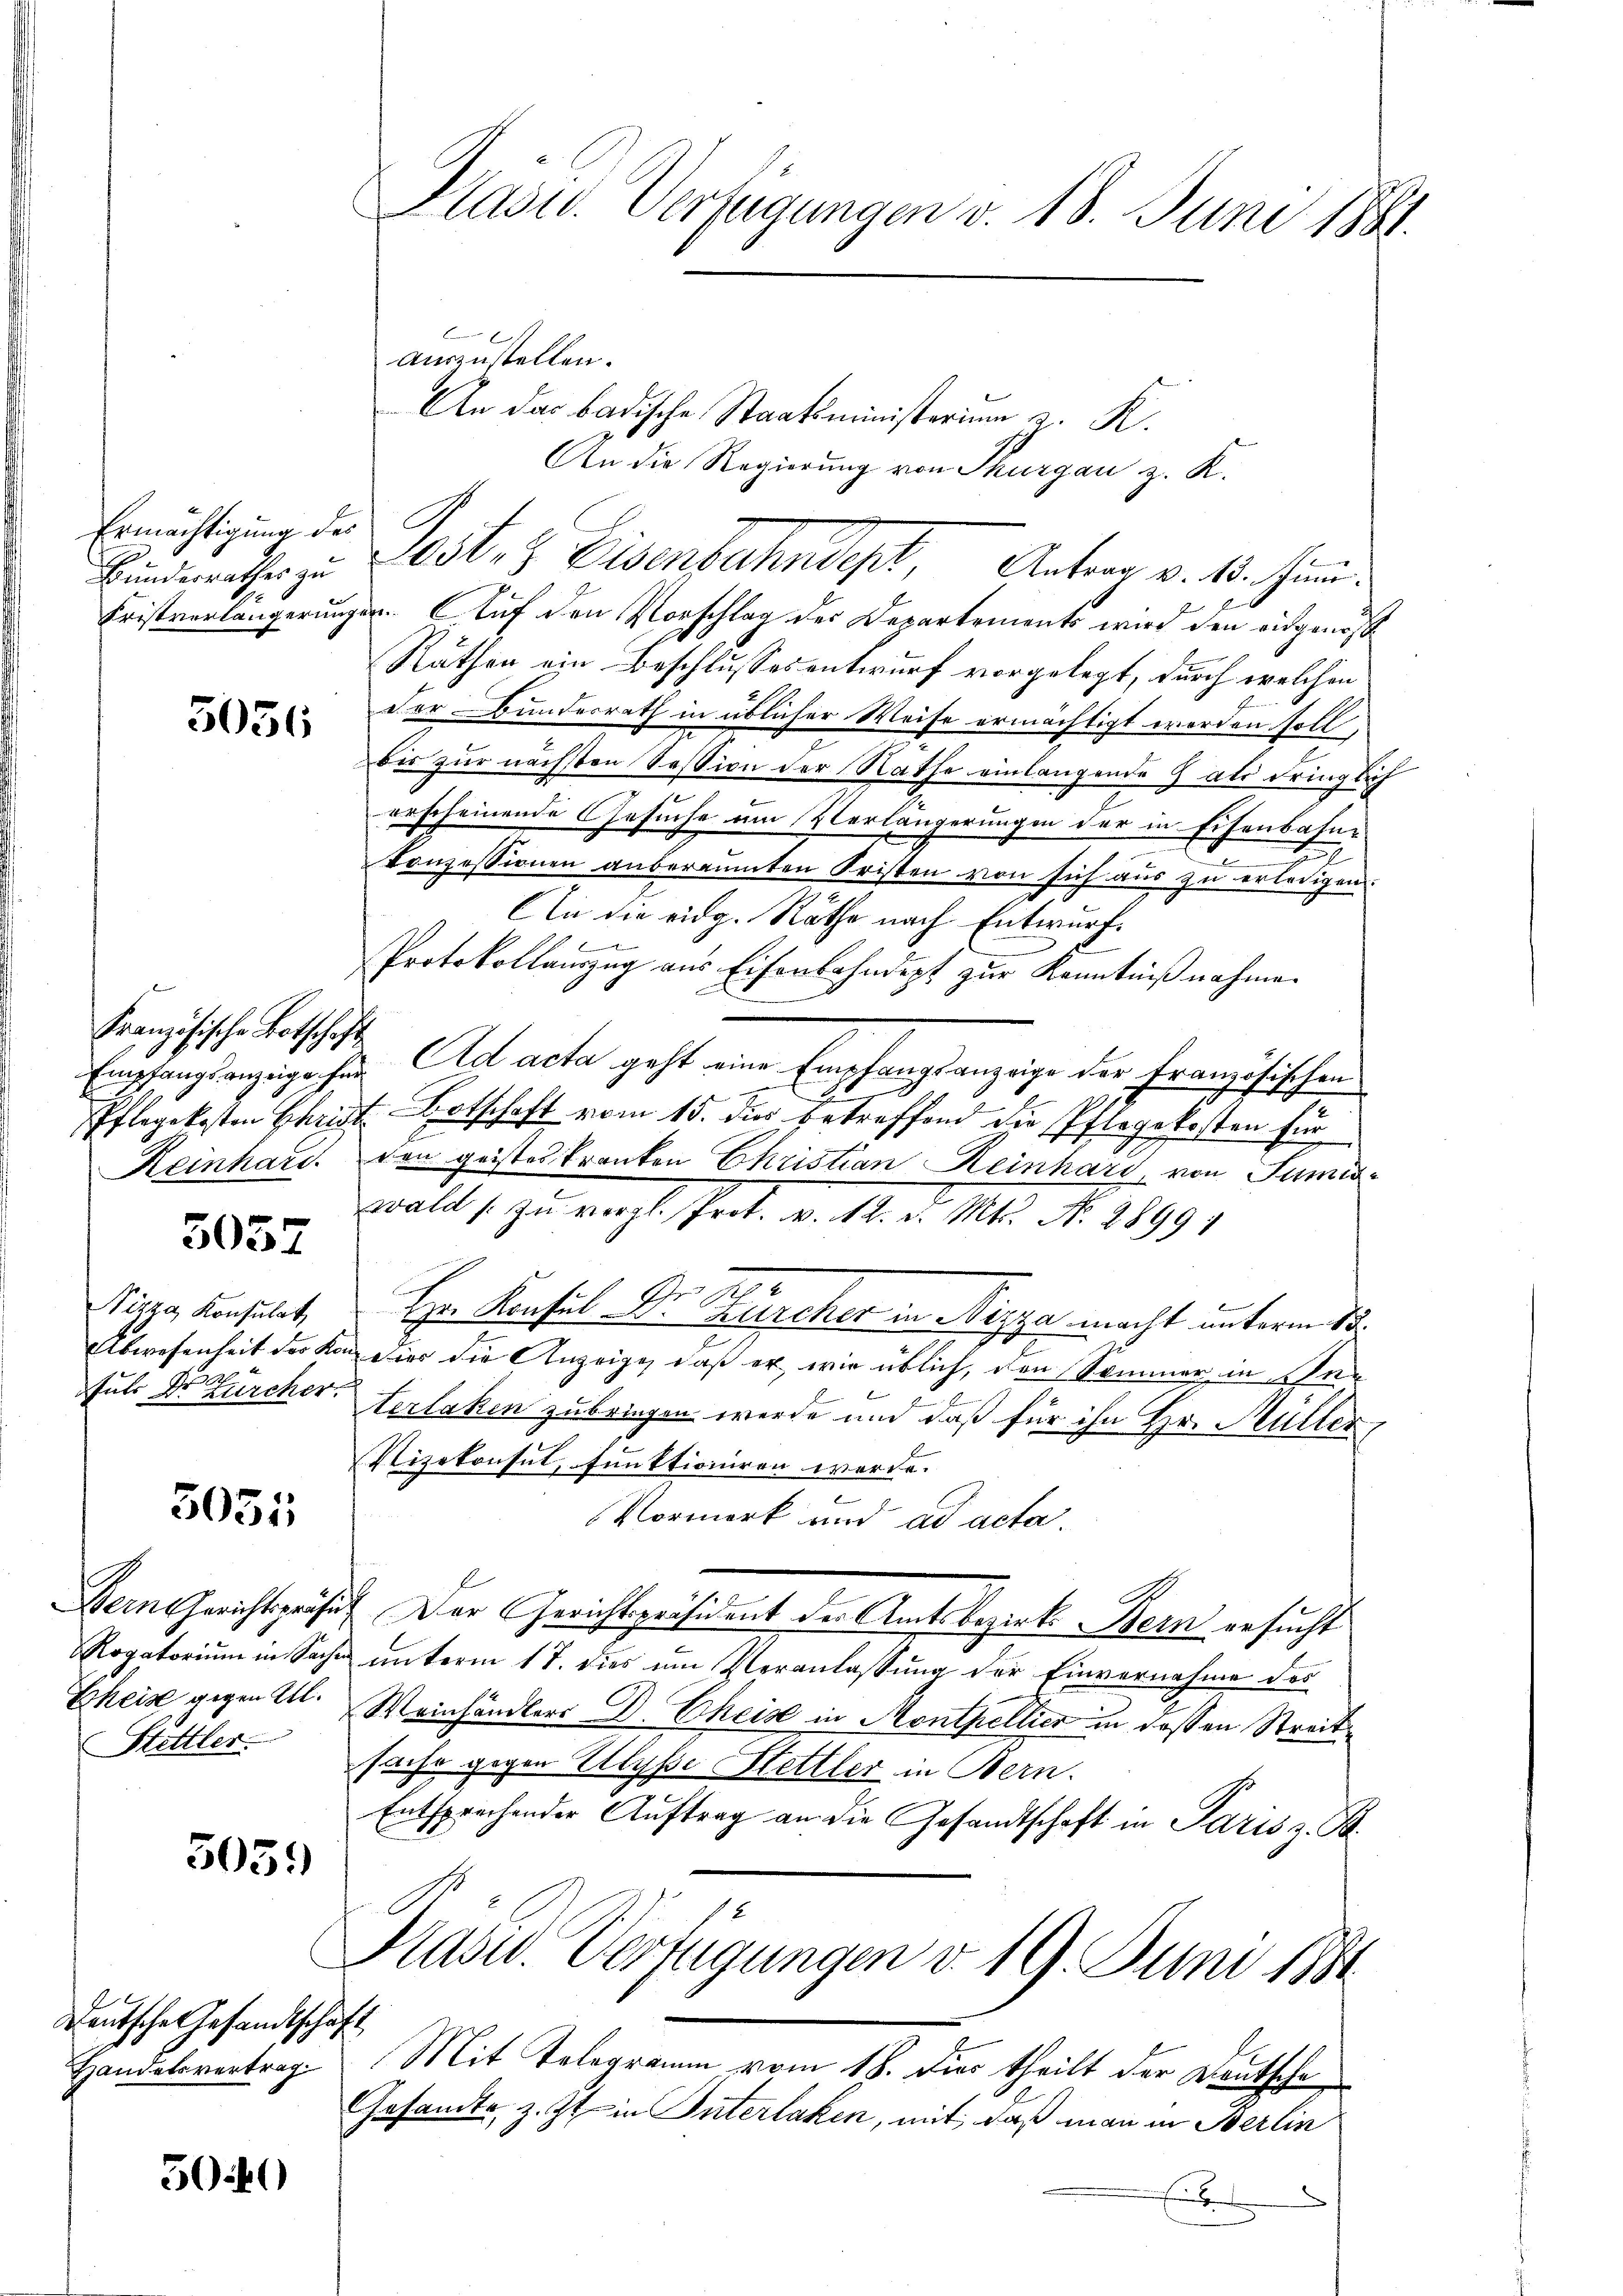
Ermächtigung des

5056

Französische Botschaft

5057

5051

Stettler.

505.

Deutsche Gesandtschaft

5040

auszustellen.
An das badische Staatsministerium d. R.
An die Regierung von Thurgau z. K.
Bunderrathes zu Ost- & Eisenbahndept, Antrag v. 13. Jun.
Fristverlängerungen. Auf den Vorschlag des Departements wird den eidgenöß
Räthen ein Beschlussesentwurf vorgelegt, durch welchen
Der Bundesrath in üblicher Weise ermächtigt worden soll,
bis zur nächsten Session der Rathe einlangende als dringlich
erscheinende Gesuche am Verlängerungen der in Eisenbahn-
1
konzessionen anberaumten Kristen von sich aus zu erledigen
An die eidg. Räthe nach Entwurf

Protokollauszug aus Eisenbahndept zur Kenntnißnahme.
Empfangsanzeige für Ad acta geht eine Empfangsanzeige der Französischen
Pflegekosten Christ Botschaft vom 15. dies betreffend die Pflegekosten für
Reinhard. Den geistes kranken Christian Reinhard von Juni
walch s. zu vergl. Prot. v. 12. d. Mts. No. 28991
F
Pippe konsulat Hr. Konsul Dr. Schürcher in Nizza macht unterm 13.
Abwesenheit des Kan dies die Anzeige, daß er, wie üblich, den Sommer in Ihne
sul Dr Zürcher Verlaken zu bringen werde und daß für ihn Hr. Müller,
Vizekonsut, funktioniren werde.
Vormerk und ad acta.
Dein Gerichtsgesetz. Der Gerichtspräsident der Amtsbezirks Bern ersucht
Rogatoriŭm in Sache ŭnterm 17. dies ŭm Veranlassŭng der Einvernahme des
Eheise gegen Al. Weinhändlers D. Cheise in Montpellier in dessen Streitsache gegen Ulysse Hettler in Bern.
Entsprechender Auftrag an die Gesandtschaft in Paris z. B.
Prasw. Verfügungen v. 19. Juni 1881
Handelsvertrag. Mit Telegramm vom 18. Dies theilt der Deutsche
Gesamte, z. Zt. in Interlaken, mit, daß man in Berlin
x

Pasid. Verfügungen v. 18. Juni 1881.